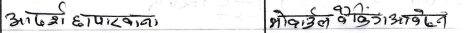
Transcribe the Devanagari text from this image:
आदेश छापटखाना मोबाइल बैंकिङ आवेदन